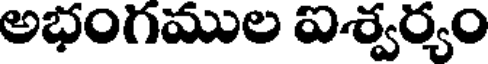
అభంగముల ఐశ్వర్యం